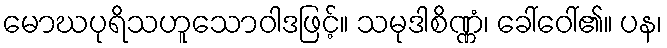
မောဃပုရိသဟူသောဝါဒဖြင့်။ သမုဒါစိဏ္ဏံ၊ ခေါ်ဝေါ်၏။ ပန၊